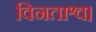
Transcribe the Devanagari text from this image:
विनताश्व।